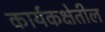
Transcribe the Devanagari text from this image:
कार्यकक्षेतील